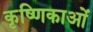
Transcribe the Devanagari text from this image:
कृष्णिकाओं